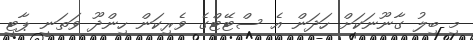
މި ބިލު ގާނޫނަކަށް ހަދަން އެ ސްޓޭޓްގެ ވެރިކަން ހިންދޫ ވަތަނީ ޕާޓީ